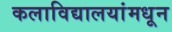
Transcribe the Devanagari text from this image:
कलाविद्यालयांमधून